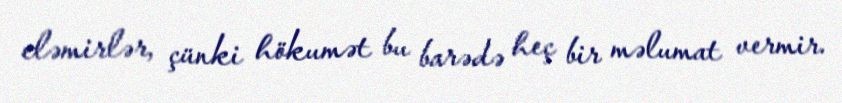
eləmirlər, çünki hökumət bu barədə heç bir məlumat vermir.